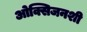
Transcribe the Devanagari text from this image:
ओक्सिजनशी